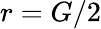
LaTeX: r=G/2